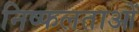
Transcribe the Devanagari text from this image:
निष्फलताओं